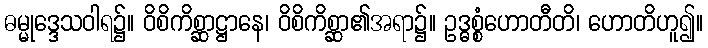
ဓမ္မုဒ္ဒေသဝါရ၌။ ဝိစိကိစ္ဆာဋ္ဌာနေ၊ ဝိစိကိစ္ဆာ၏အရာ၌။ ဥဒ္ဓစ္စံဟောတီတိ၊ ဟောတိဟူ၍။